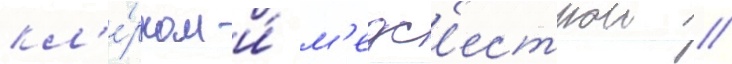
кл'е́рком и́ м'едс'естрои //